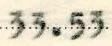
33.53